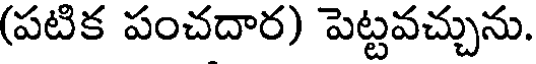
(పటిక పంచదార) పెట్టవచ్చును.